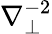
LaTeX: \nabla_{\perp}^{-2}